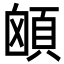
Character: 䪿